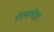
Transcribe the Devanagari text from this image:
मॅक्सपोझर